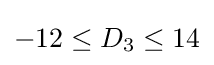
-12\leq D_{3}\leq 14